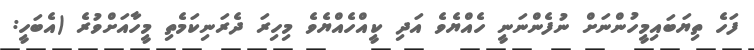
ފަހެ ތިޔަބައިމީހުންނަށް ނުފެންނަނީ ހެއްޔެވެ އަދި ކީއްހެއްޔެވެ މިހިރަ ދެރަނިކަމެތި މީހާއަށްވުރެ (އެބަހީ: